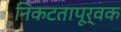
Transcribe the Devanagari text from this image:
निकटतापूर्वक